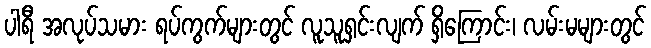
ပါရီ အလုပ်သမား ရပ်ကွက်များတွင် လူသူရှင်းလျက် ရှိကြောင်း၊ လမ်းမများတွင်